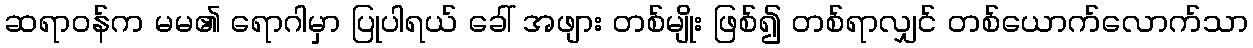
ဆရာဝန်က မမ၏ ရောဂါမှာ ပြုပါရယ် ခေါ် အဖျား တစ်မျိုး ဖြစ်၍ တစ်ရာလျှင် တစ်ယောက်လောက်သာ